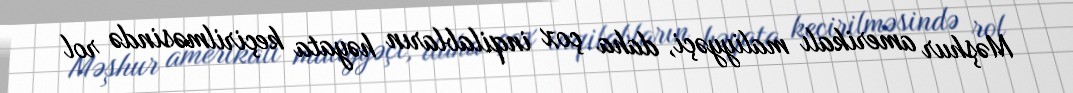
Məşhur amerikalı maliyyəçi, daha çox inqilabların həyata keçirilməsində rol